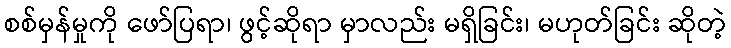
စစ်မှန်မှုကို ဖော်ပြရာ၊ ဖွင့်ဆိုရာ မှာလည်း မရှိခြင်း၊ မဟုတ်ခြင်း ဆိုတဲ့